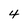
Character: 4